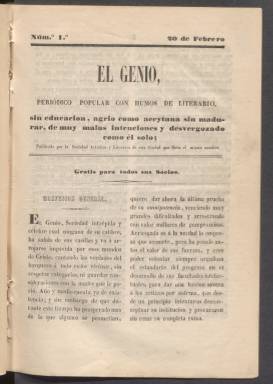
Título: El Genio (Burgos)
Colección: Literatura
Ámbito geográfico: Burgos
Lugar de publicación: Burgos
Fechas: 20/02/1846-20/05/1846

Revista mensual editada por la Sociedad Artística y Literaria del mismo nombre de la ciudad de Burgos cuyo presidente era el director de la publicación, que se distribuía gratuitamente entre los socios. Llevaba este curioso subtítulo: ‘Periódico popular con humos de literario, sin educación, agrio como aceituna sin madurar, de muy malas intenciones y desvergonzado como él solo’.

  De vocación satírica, nació en febrero de 1846 en los días que se celebraba el carnaval. Precisamente la sociedad editora celebraba en sus salones bailes de máscaras y uno de los redactores más asiduos de la revista era uno que firmaba como ‘El de la máscara verde’.

  En su primer número, y debido a las licencias que se permitían en tiempo de carnaval, señalaba que hurgaría en las intimidades para poner en evidencia las conductas de algunos ciudadanos. En la entrega siguiente, ya fuera de esos días de fiesta, tuvo que aclarar en letra negrita y de manera destacada que la publicación respetaría la vida privada y no traspasaría los límites marcados por las leyes.

   En cuanto a su contenido, se trata de una revista eminentemente literaria en la que hay relatos, poemas, críticas literarias y teatrales, artículos de costumbres y de modas, así como una sección final de bibliografía con las novedades tanto de libros como publicaciones periódicas. Nada extraordinario, en contra de lo que su pomposo subtítulo parecía presagiar.

   Cada número de El Genio contaba con 16 páginas. La Biblioteca Nacional de España solo posee los primeros cuatro números, pero no parece que se editaran muchos más, dado el poco rastro que la publicación ha dejado en la historia de las publicaciones periódicas de Burgos.

    Hubo una revista en esta ciudad castellana con el mismo título de El Genio editada tiempo después, en los años de 1874 y 1875, que tiene la particularidad de que fue la primera que insertó fotografías. Aparte de compartir título se desconoce si había algún tipo de relación con la publicación de 1846.

[Descripción publicada el 8/09/2023]